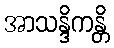
အာသန္ဒိကန္တိ